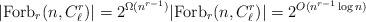
LaTeX: \begin{align*}|\mathrm{Forb}_r(n, C_{\ell}^r)|=2^{\Omega(n^{r-1})} |\mathrm{Forb}_r(n, C_{\ell}^r)|=2^{O(n^{r-1}\log n)}\end{align*}